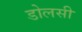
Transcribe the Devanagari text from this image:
डोलसी